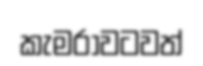
කැමරාවටවත්